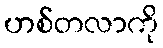
ဟစ်တလာကို